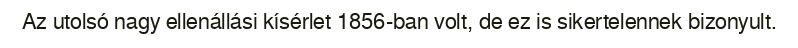
Az utolsó nagy ellenállási kísérlet 1856-ban volt, de ez is sikertelennek bizonyult.